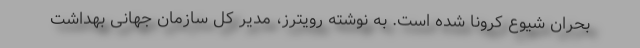
بحران شیوع کرونا شده است. به نوشته رویترز، مدیر کل سازمان جهانی بهداشت